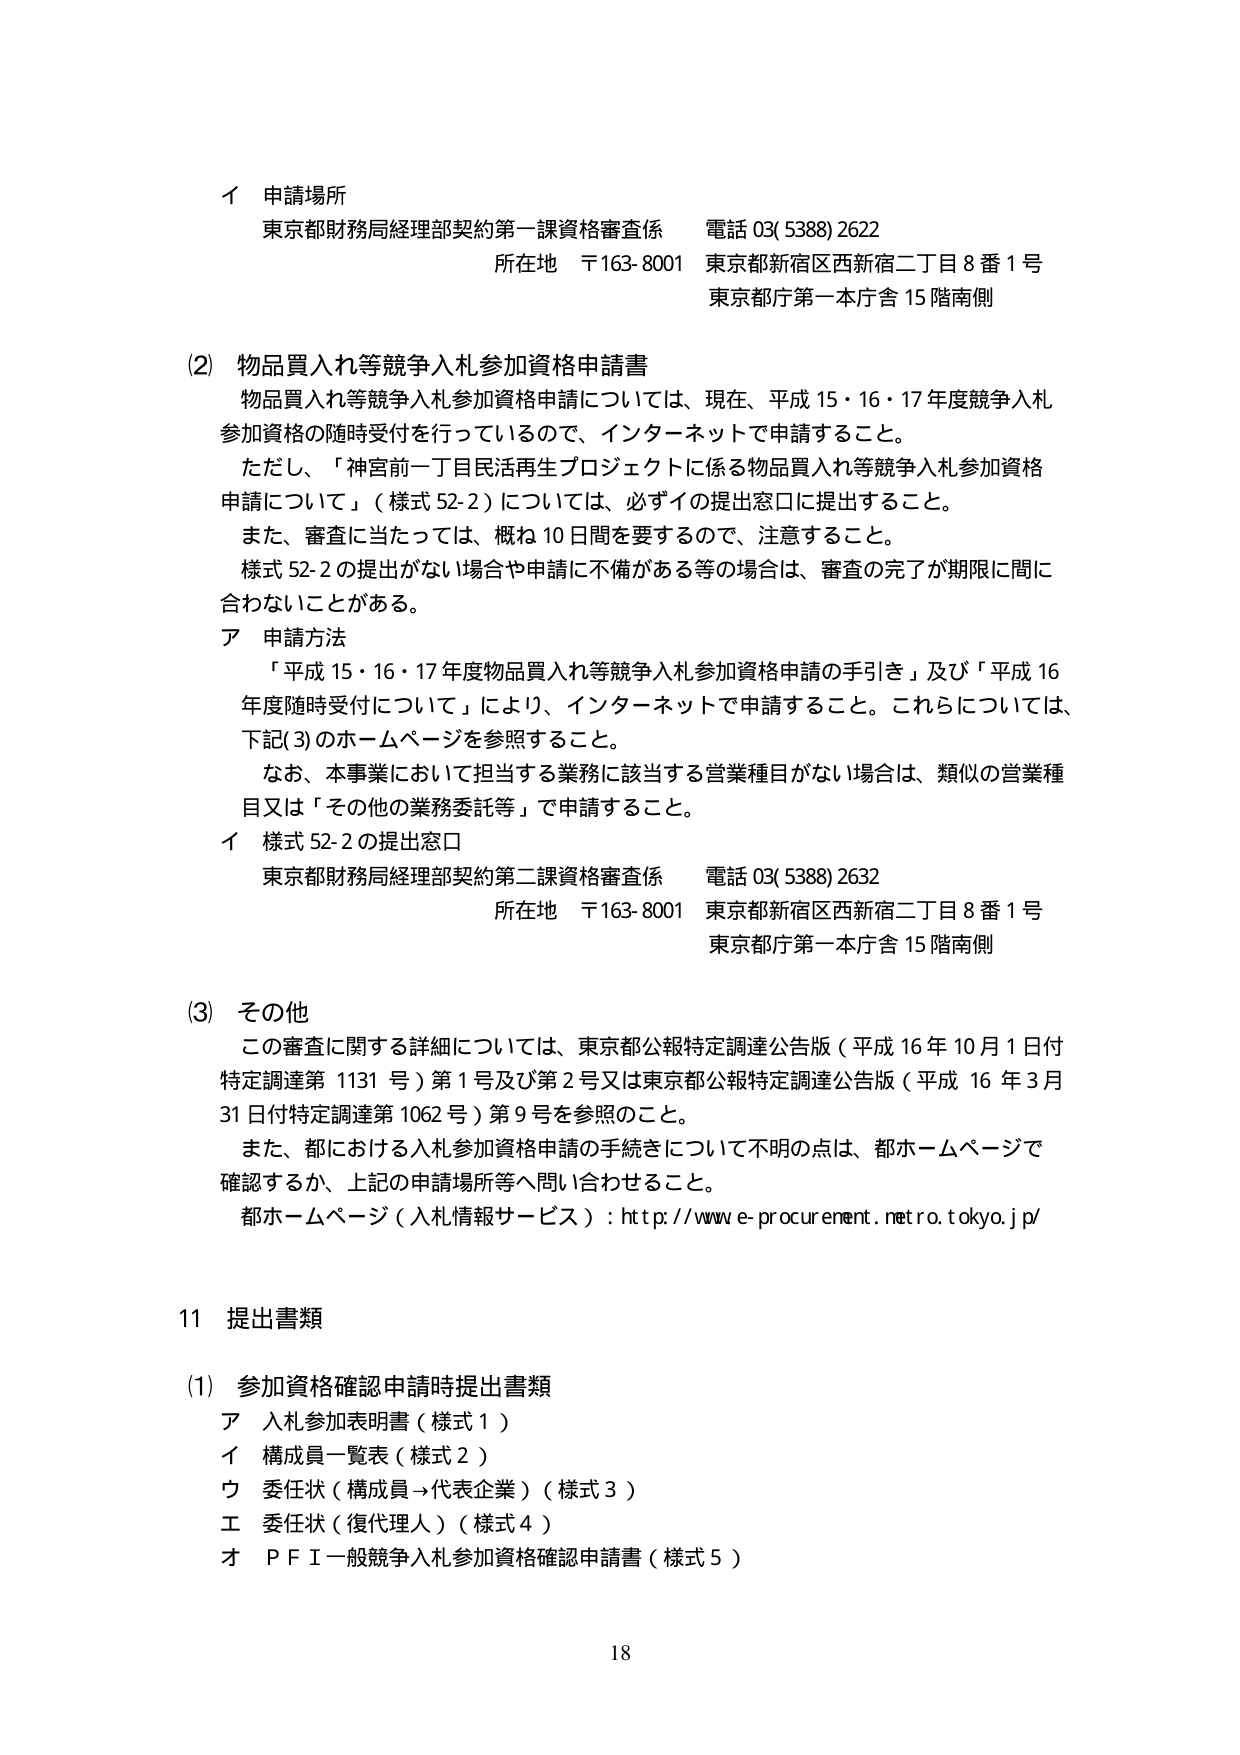
イ 申請場所
東京都財務局経理部契約第一課資格審査係 電話 03(5388)2622
所在地 〒163-8001 東京都新宿区西新宿二丁目8番1号
東京都庁第一本庁舎15階南側

(2) 物品買入れ等競争入札参加資格申請書
物品買入れ等競争入札参加資格申請については、現在、平成15・16・17年度競争入札
参加資格の随時受付を行っているので、インターネットで申請すること。
ただし、「神宮前一丁目民活再生プロジェクトに係る物品買入れ等競争入札参加資格
申請について」（様式52-2）については、必ずイの提出窓口に提出すること。
また、審査に当たっては、概ね10日間を要するので、注意すること。
様式52-2の提出がない場合や申請に不備がある等の場合は、審査の完了が期限に間に
合わないことがある。
ア 申請方法
「平成15・16・17年度物品買入れ等競争入札参加資格申請の手引き」及び「平成16
年度随時受付について」により、インターネットで申請すること。これらについては、
下記(3)のホームページを参照すること。
なお、本事業において担当する業務に該当する営業種目がない場合は、類似の営業種
目又は「その他の業務委託等」で申請すること。
イ 様式52-2の提出窓口
東京都財務局経理部契約第二課資格審査係 電話 03(5388)2632
所在地 〒163-8001 東京都新宿区西新宿二丁目8番1号
東京都庁第一本庁舎15階南側

(3) その他
この審査に関する詳細については、東京都公報特定調達公告版（平成16年10月1日付
特定調達第1131号）第1号及び第2号又は東京都公報特定調達公告版（平成16年3月
31日付特定調達第1062号）第9号を参照のこと。
また、都における入札参加資格申請の手続きについて不明の点は、都ホームページで
確認するか、上記の申請場所等へ問い合わせること。
都ホームページ（入札情報サービス）：http://www.e-procurement.metro.tokyo.jp/

11 提出書類
(1) 参加資格確認申請時提出書類
ア 入札参加表明書（様式1）
イ 構成員一覧表（様式2）
ウ 委任状（構成員→代表企業）（様式3）
エ 委任状（復代理人）（様式4）
オ PFI一般競争入札参加資格確認申請書（様式5）

18